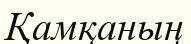
Қамқаның